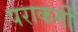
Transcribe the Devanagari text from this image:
पराकर्मी